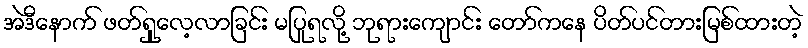
အဲဒီနောက် ဖတ်ရှုလေ့လာခြင်း မပြုရလို့ ဘုရားကျောင်း တော်ကနေ ပိတ်ပင်တားမြစ်ထားတဲ့